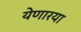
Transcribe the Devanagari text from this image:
येणारया